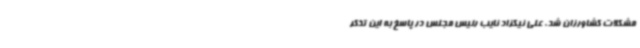
مشکلات کشاورزان شد. علی نیکزاد نایب رئیس مجلس در پاسخ به این تذکر